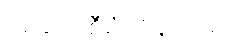
အဆိုပါစီမံကိန်းသည်